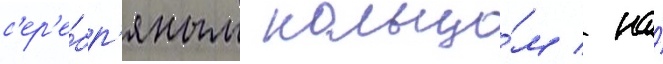
с'ер'е́бр'яным кольцо́м / на́